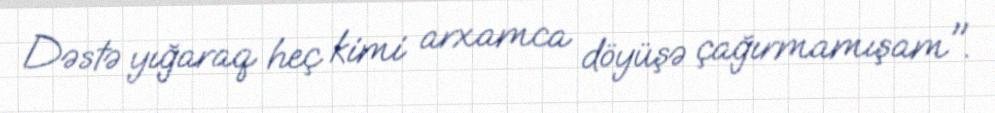
Dəstə yığaraq heç kimi arxamca döyüşə çağırmamışam".